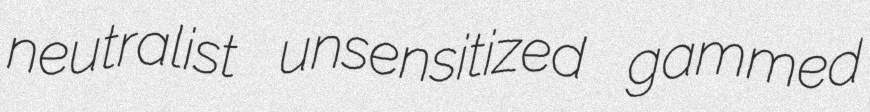
neutralist unsensitized gammed